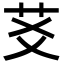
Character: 䒝